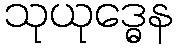
သုယုဒ္ဓေန